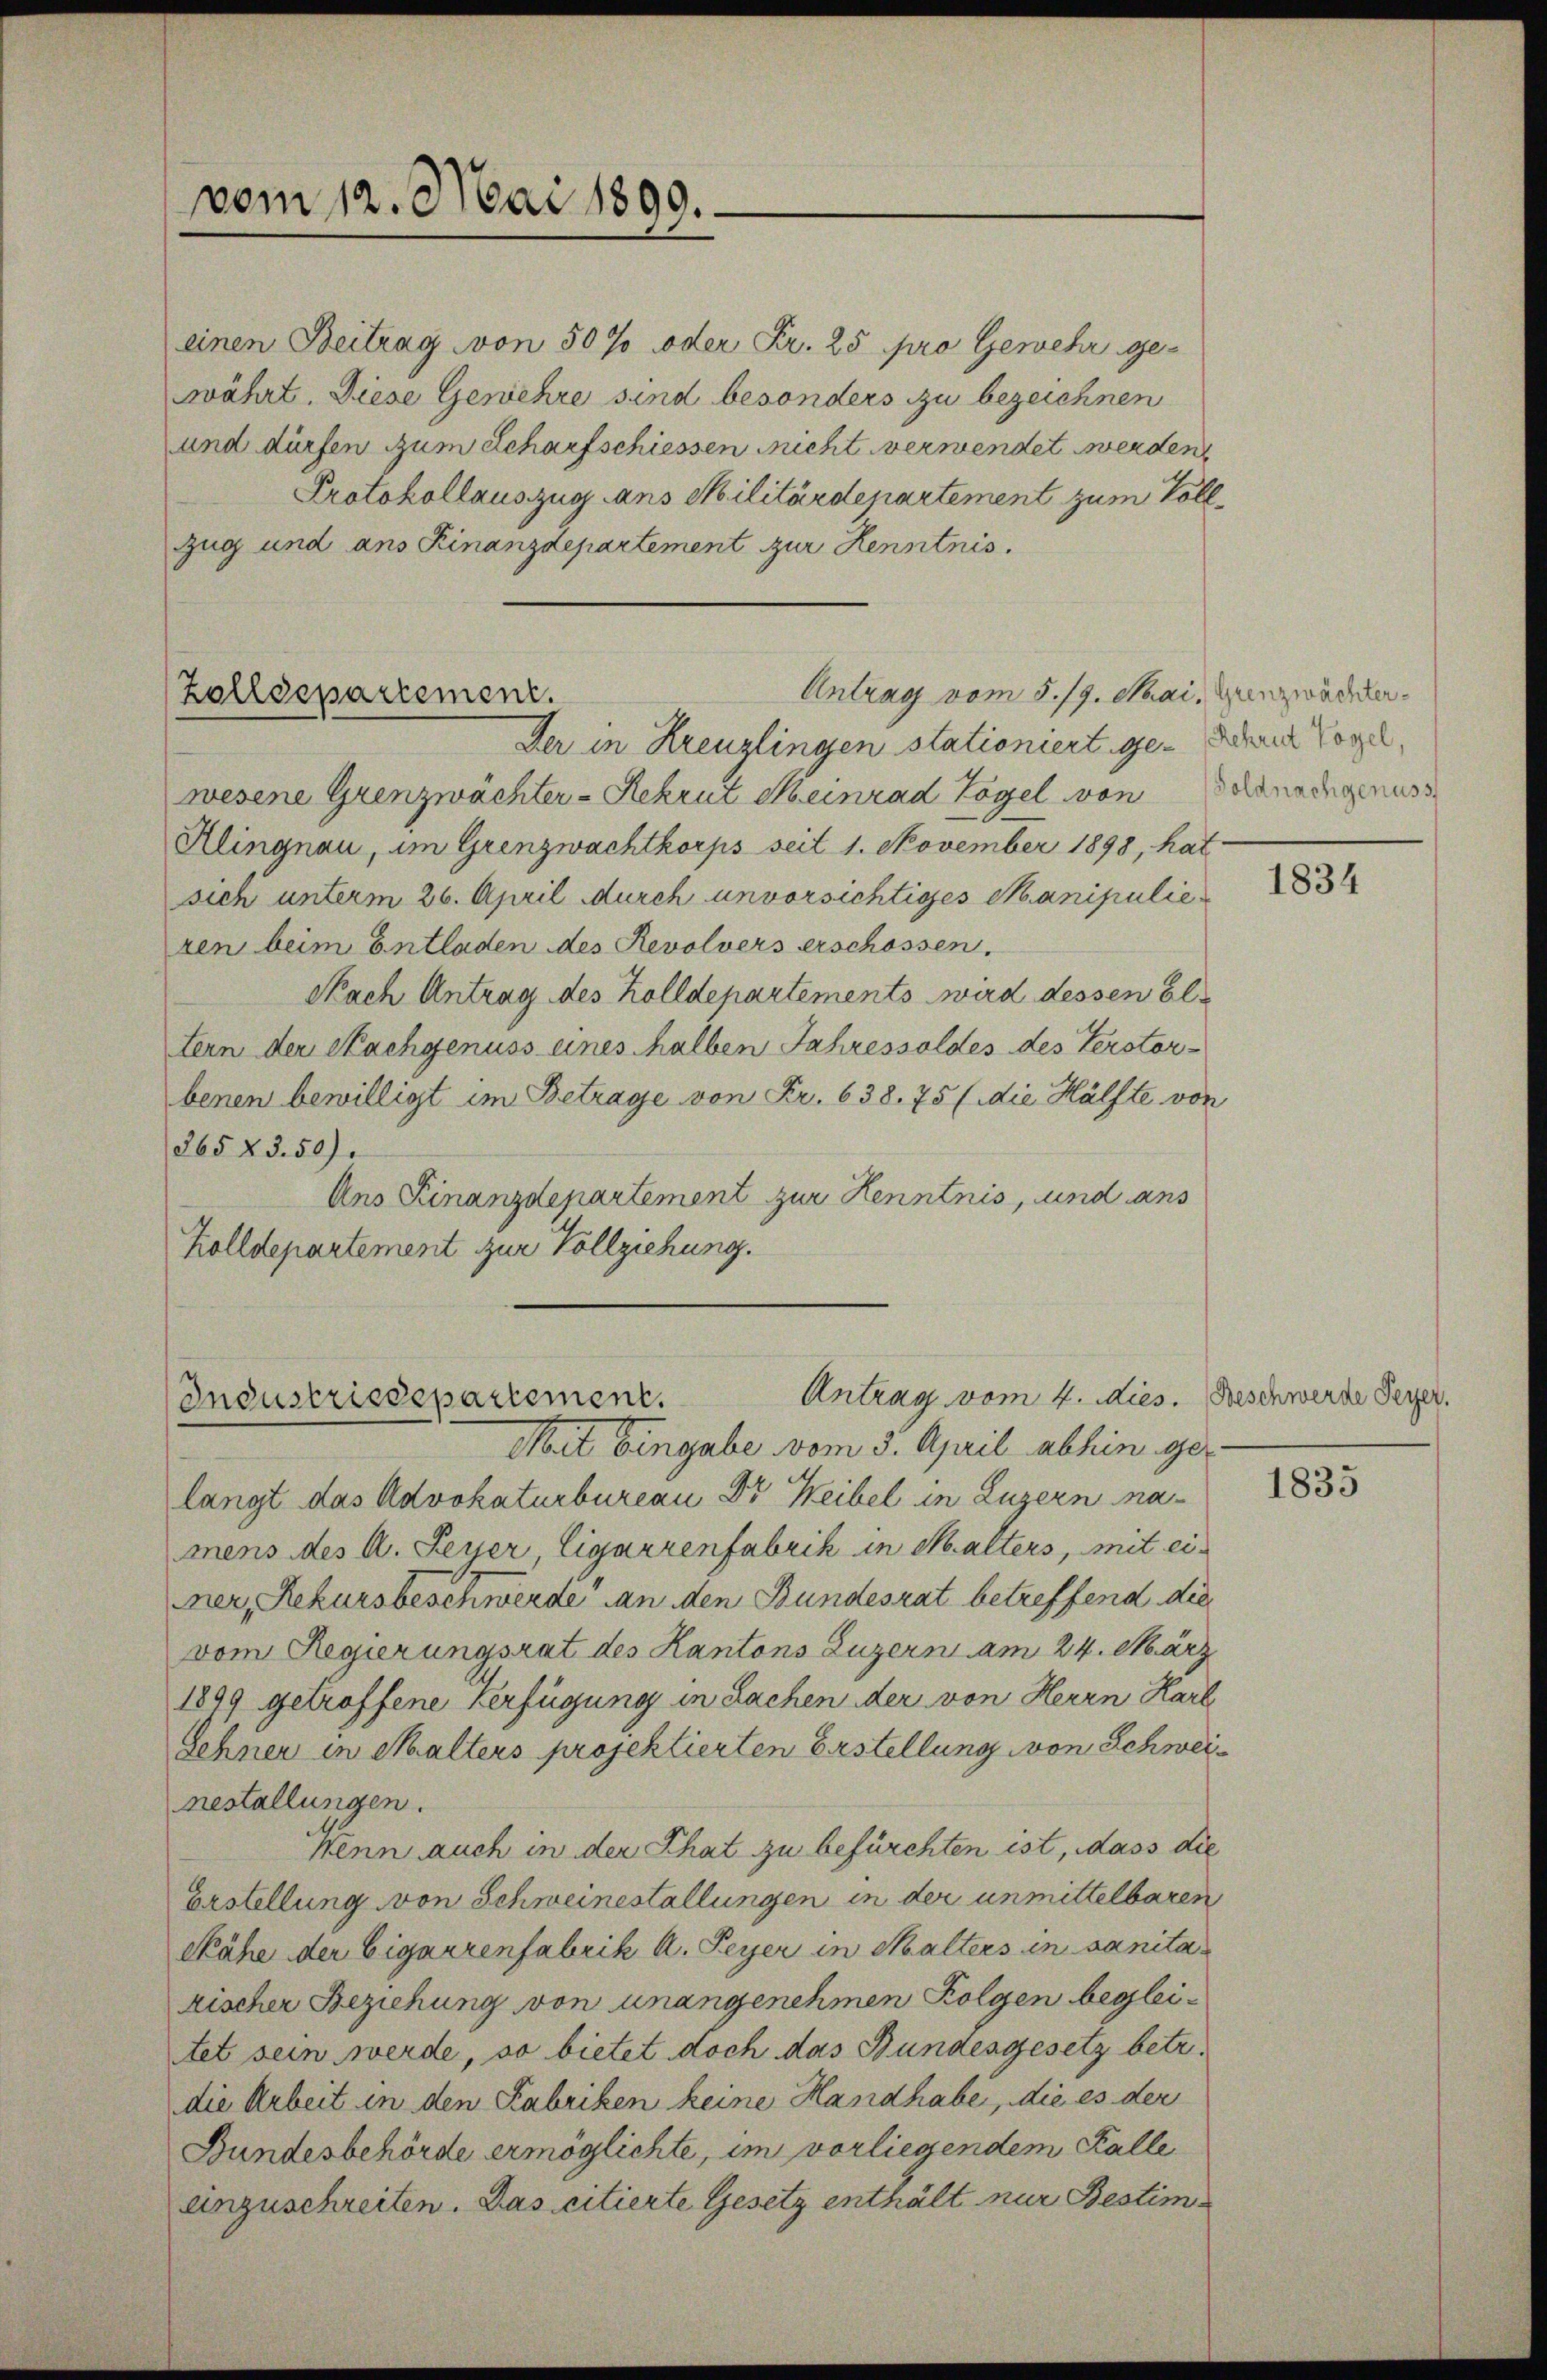
vom 12. Mai 1890.

Antrag vom 5. 19. Mai. Grenzwädeker¬
Zolldepartement.

einen Beitrag von 50 % oder Fr. 25 pro Gewehr ge-
währt. Diese Gewehre sind besonders zu bezeichnen
und dürfen zum Scharfschiessen nicht verwendet werden
Protokollauszug ans Militärdepartement zum Voll¬
Zug und ans Kinanzdepartement zur Kenntnis.
Der in Kreuzlingen stationiert ge- oder Vogel,
wesene Grenzwächter-Rekrut Heinrad Vögel von Schnachgenuss
Klingnau, im Grenzwachtkorps seit 1. November 1898, hat
sich unterm 26. April durch unvorsichtiges Manipulie
ren beim Entladen des Revolvers erschossen.
Nach Antrag des Zolldepartements wird dessen Eltern der Nachgenuss eines halben Jahressoldes des Verstorbenen bewilligt im Betrage von Fr. 638. 75 (die Hälfte von
265 § 3. 50).
Ans Finanzdepartement zur Kenntnis, und ans
Zolldepartement zur Vollziehung.

Industriedepartement.

Antrag vom 4. dies. Beschwerde Feyer.
Mit Eingabe vom 3. April abhin gelangt das Advokaturbureau Dr Weibel in Luzern namens des A. Peyer Cigarrenfabrik in Halters, mit einer, Rekursbeschwerde an den Bundesrat betreffend die
vom Regierungsrat des Kantons Luzern am 24. März
1899 getroffene Verfügung in Sachen der von Herrn Karl
Schner in Malters projektierten Erstellung von Schweinestallungen.
Wenn auch in der That zu befürchten ist, dass die
Erstellung von Schweinestallungen in der unmittelbaren
Sähe der Eignerenfabrik A. Peyer in Malters in sanita
rischer Beziehung von unangenehmen Folgen begleitet sein werde, so bietet doch das Bundesgesetz betr.
die Arbeit in den Fabriken keine Handhabe, die es der
Bundesbehörde ermöglichte, im vorliegendem Kalle
anzuschreiten. Das citierte Gesetz enthält nur Bestim

1834

1835